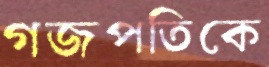
গজপতিকে